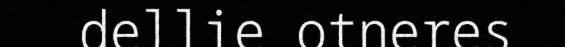
dellie otneres